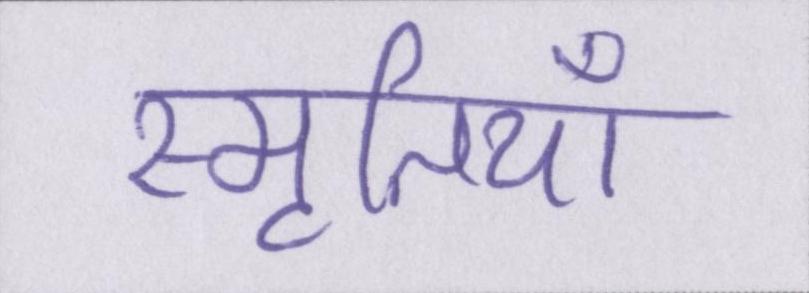
स्मृतियाँ